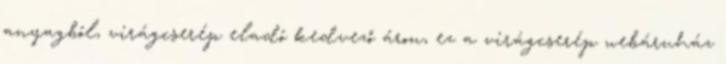
anyagból, virágcserép eladó kedvező áron, ez a virágcserép webáruház